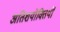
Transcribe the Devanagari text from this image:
अतिशयोक्तियों